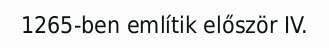
1265-ben említik először IV.